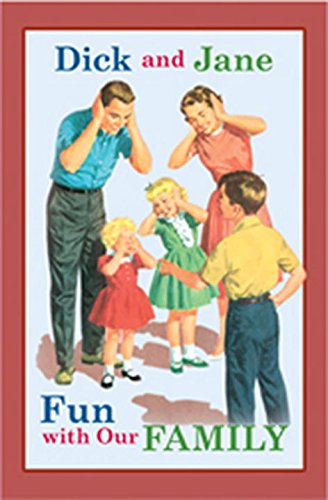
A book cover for Dick and Jane Fun with Our Family; Grosset & Dunlap; Children's Books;